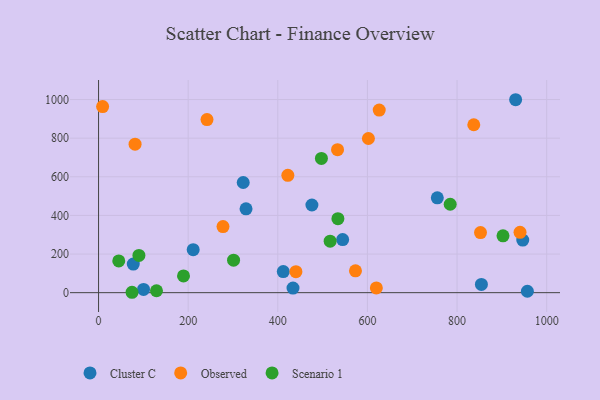
{"axis": {"x": "Engine Size", "y": "Fuel Efficiency"}, "legend": ["Cluster C", "Observed", "Scenario 1"], "data": [{"x": "755.9", "y": 491.2, "type": "Cluster C"}, {"x": "854.3", "y": 42.5, "type": "Cluster C"}, {"x": "77.5", "y": 148.0, "type": "Cluster C"}, {"x": "930.7", "y": 999.0, "type": "Cluster C"}, {"x": "329.1", "y": 434.3, "type": "Cluster C"}, {"x": "544.7", "y": 275.0, "type": "Cluster C"}, {"x": "100.4", "y": 16.9, "type": "Cluster C"}, {"x": "956.9", "y": 7.4, "type": "Cluster C"}, {"x": "412.2", "y": 109.0, "type": "Cluster C"}, {"x": "946.6", "y": 272.4, "type": "Cluster C"}, {"x": "322.8", "y": 570.3, "type": "Cluster C"}, {"x": "433.9", "y": 23.8, "type": "Cluster C"}, {"x": "211.2", "y": 222.5, "type": "Cluster C"}, {"x": "476.1", "y": 453.9, "type": "Cluster C"}, {"x": "626.3", "y": 945.3, "type": "Observed"}, {"x": "242.0", "y": 896.4, "type": "Observed"}, {"x": "852.3", "y": 311.1, "type": "Observed"}, {"x": "440.4", "y": 108.7, "type": "Observed"}, {"x": "602.2", "y": 798.3, "type": "Observed"}, {"x": "573.3", "y": 113.1, "type": "Observed"}, {"x": "837.3", "y": 869.3, "type": "Observed"}, {"x": "940.5", "y": 312.2, "type": "Observed"}, {"x": "277.7", "y": 342.0, "type": "Observed"}, {"x": "422.4", "y": 607.8, "type": "Observed"}, {"x": "9.1", "y": 963.4, "type": "Observed"}, {"x": "533.3", "y": 740.3, "type": "Observed"}, {"x": "619.9", "y": 24.4, "type": "Observed"}, {"x": "81.5", "y": 768.6, "type": "Observed"}, {"x": "74.7", "y": 2.0, "type": "Scenario 1"}, {"x": "129.3", "y": 9.8, "type": "Scenario 1"}, {"x": "902.5", "y": 294.3, "type": "Scenario 1"}, {"x": "516.8", "y": 266.4, "type": "Scenario 1"}, {"x": "534.1", "y": 383.0, "type": "Scenario 1"}, {"x": "45.1", "y": 164.5, "type": "Scenario 1"}, {"x": "497.3", "y": 695.2, "type": "Scenario 1"}, {"x": "301.3", "y": 168.2, "type": "Scenario 1"}, {"x": "784.7", "y": 457.9, "type": "Scenario 1"}, {"x": "189.6", "y": 86.5, "type": "Scenario 1"}, {"x": "90.1", "y": 192.7, "type": "Scenario 1"}]}